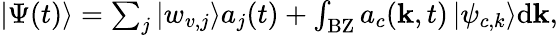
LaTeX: \begin{array}{r}{|\Psi(t)\rangle=\sum_{j}\left|w_{v,j}\right\rangle a_{j}(t)+\int_{\mathrm{BZ}}a_{c}(\textbf{k},t)\left|\psi_{c,k}\right\rangle\mathrm{d}\textbf{k},}\end{array}